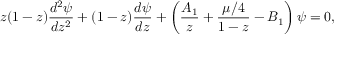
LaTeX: z ( 1 - z ) { \frac { d ^ { 2 } \psi } { d z ^ { 2 } } } + ( 1 - z ) { \frac { d \psi } { d z } } + \left( { \frac { A _ { 1 } } { z } } + { \frac { \mu / 4 } { 1 - z } } - B _ { 1 } \right) \psi = 0 ,